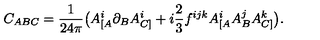
C _ { A B C } = \frac { 1 } { 2 4 \pi } \big ( A _ { [ A } ^ { i } \partial _ { B } A _ { C ] } ^ { i } + i \frac { 2 } { 3 } f ^ { i j k } A _ { [ A } ^ { i } A _ { B } ^ { j } A _ { C ] } ^ { k } \big ) .